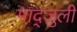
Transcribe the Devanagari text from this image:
माद्ज़ुली